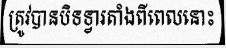
ត្រូវបានបិទទ្វារតាំងពីពេលនោះ